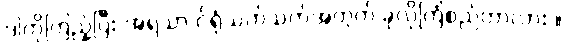
ဒါကိုကြည့်ပြီး အရသာ င်ရုံသက်သက်အတွက် ခုလိုကြံစည်တာလား ။